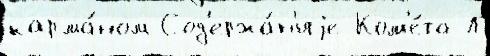
карма́ном Сод'ержа́н'иjе Ком'е́та Л